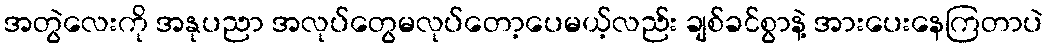
အတွဲလေးကို အနုပညာ အလုပ်တွေမလုပ်တော့ပေမယ့်လည်း ချစ်ခင်စွာနဲ့ အားပေးနေကြတာပဲ